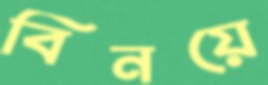
বিনয়ে